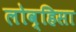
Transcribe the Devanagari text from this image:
लोव्हिसा